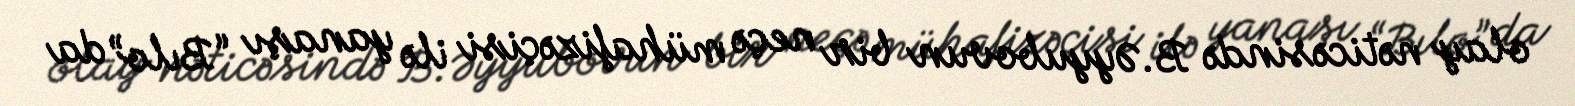
olay nəticəsində B.Əyyubovun bir neçə mühafizəçisi ilə yanaşı “Bılo” da